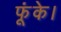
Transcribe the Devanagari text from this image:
फूंके।